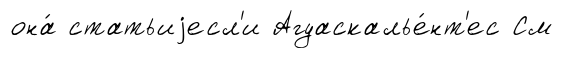
она́ статьиjесл'и Агуаскалье́нт'ес См